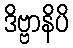
ဒိဗ္ဗာနိပိ